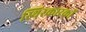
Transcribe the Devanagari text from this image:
स्थिरकारकों